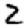
Digit: 2